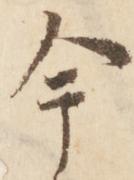
今